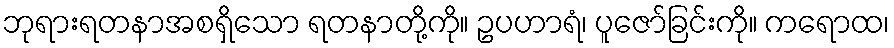
ဘုရားရတနာအစရှိသော ရတနာတို့ကို။ ဥပဟာရံ၊ ပူဇော်ခြင်းကို။ ကရောထ၊